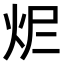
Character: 𤆾